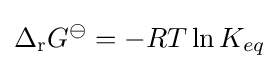
\Delta _{\mathrm {r} }G^{\ominus }=-RT\ln K_{eq}